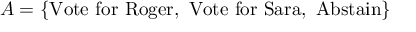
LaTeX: A = \{ { \mathrm { V o t e ~ f o r ~ R o g e r , ~ V o t e ~ f o r ~ S a r a , ~ A b s t a i n } } \}